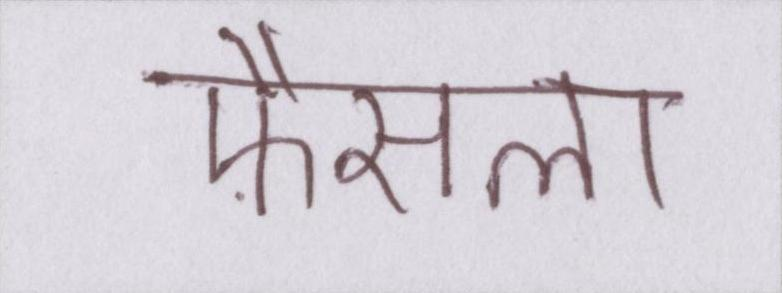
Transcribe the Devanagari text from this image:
फ़ैसला